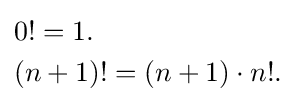
{\begin{aligned}&0!=1.\\&(n+1)!=(n+1)\cdot n!.\end{aligned}}